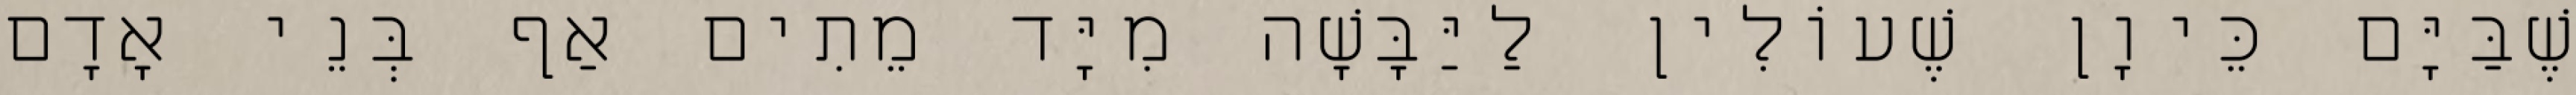
שֶׁבַּיָּם כֵּיוָן שֶׁעוֹלִין לַיַּבָּשָׁה מִיָּד מֵתִים אַף בְּנֵי אָדָם